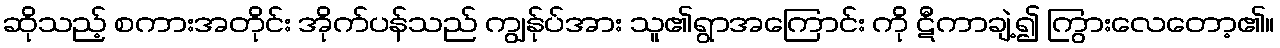
ဆိုသည့် စကားအတိုင်း အိုက်ပန်သည် ကျွန်ုပ်အား သူ၏ရွာအကြောင်း ကို ဋီကာချဲ့၍ ကြွားလေတော့၏။